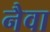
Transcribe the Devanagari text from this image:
नैवा